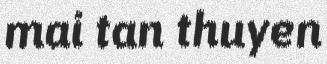
mai tan thuyen